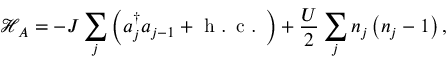
{ \mathcal { H } } _ { A } = - J \sum _ { j } \left( { a } _ { j } ^ { \dagger } { a } _ { j - 1 } + \textrm { h . c . } \right) + \frac { U } { 2 } \sum _ { j } { n } _ { j } \left( { n } _ { j } - 1 \right) ,